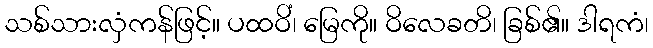
သစ်သားလှံကန်ဖြင့်။ ပထဝိံ၊ မြေကို။ ဝိလေခတိ၊ ခြစ်၏။ ဒါရကံ၊